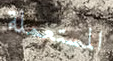
المستعملة